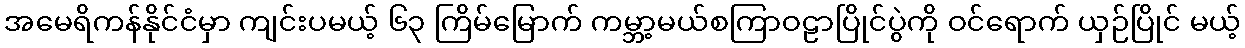
အမေရိကန်နိုင်ငံမှာ ကျင်းပမယ့် ၆၃ ကြိမ်မြောက် ကမ္ဘာ့မယ်စကြာဝဠာပြိုင်ပွဲကို ဝင်ရောက် ယှဉ်ပြိုင် မယ့်